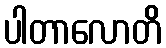
ပါတာလောတိ